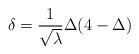
LaTeX: \begin{align*}\delta =\frac{1}{\sqrt{\lambda }}\Delta (4-\Delta )\end{align*}